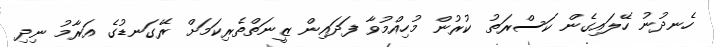
ހެނދުނު ހޭލައިގެން ކަސްރަތު ކުރުން މުހިއްމުވާ ފަދައިން ޒީނަތްތެރިކަމަށް ރޭގަނޑުގެ އަރާމު ނިދި